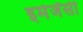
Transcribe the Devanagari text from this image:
इमेर्जेंसी